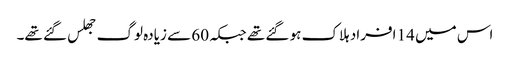
اس میں 14 افراد ہلاک ہو گئے تھے جبکہ 60 سے زیادہ لوگ جھلس گئے تھے۔